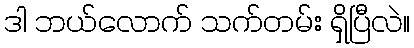
ဒါ ဘယ်လောက် သက်တမ်း ရှိပြီလဲ။